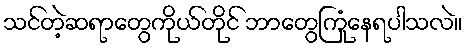
သင်တဲ့ဆရာတွေကိုယ်တိုင် ဘာတွေကြုံနေရပါသလဲ။